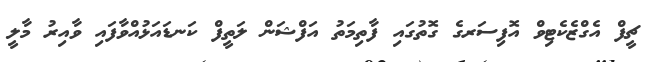
ޗީފް އެގްޒެކެޓިވް އޮފިސަރގެ ގޮތުގައި ފާތިމަތު އަފްޝަން ލަތީފް ކަނޑައަޅުއްވާފައި ވާއިރު މާލީ